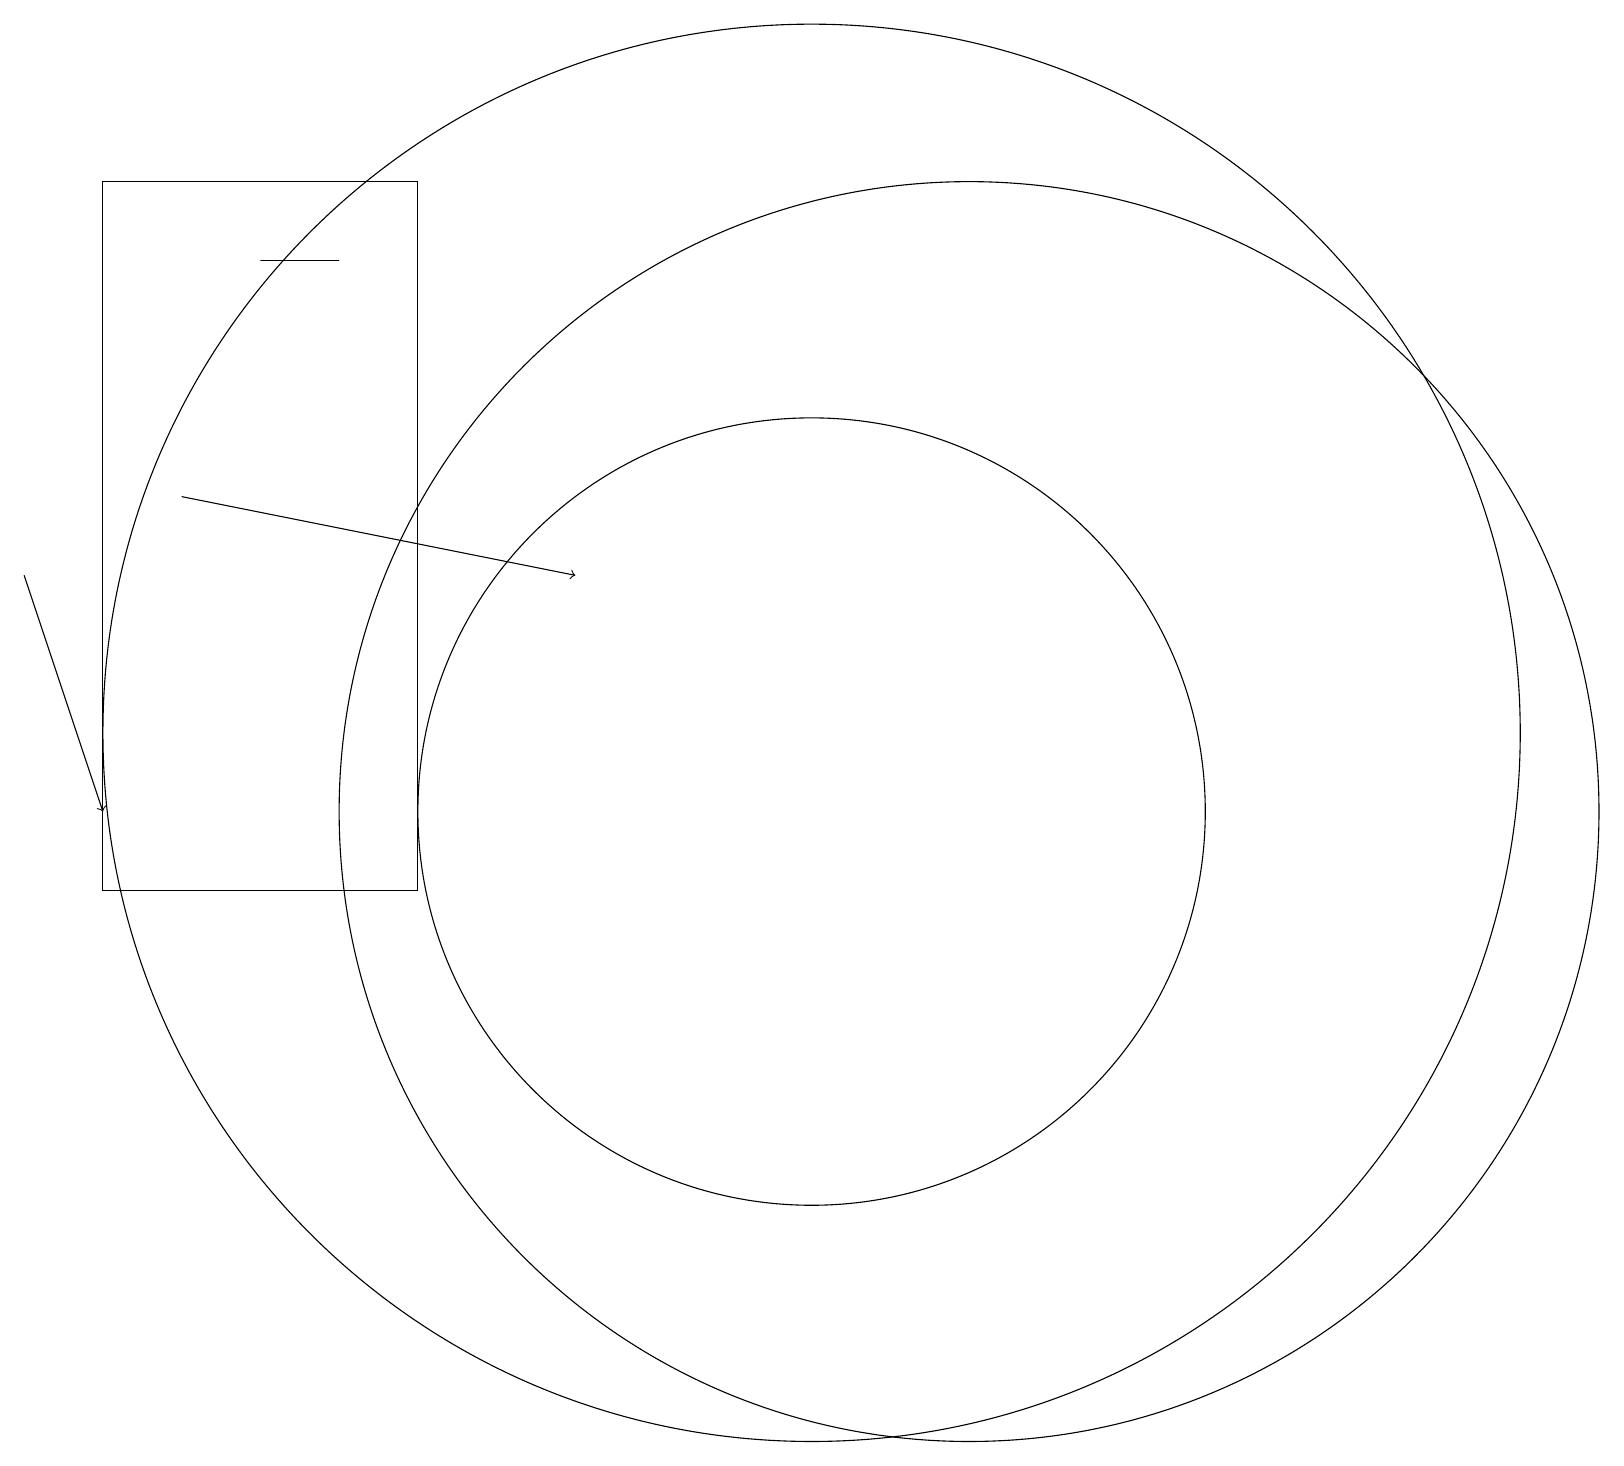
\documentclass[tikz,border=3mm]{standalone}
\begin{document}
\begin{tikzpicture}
\draw (10,12) circle (9);
\draw (4,18) rectangle (3,18);
\draw (12,11) circle (8);
\draw (5,19) rectangle (1,10);
\draw[->] (0,14) -- (1,11);
\draw (10,11) circle (5);
\draw[->] (2,15) -- (7,14);
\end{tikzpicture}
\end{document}